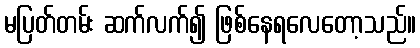
မပြတ်တမ်း ဆက်လက်၍ ဖြစ်နေရလေတော့သည်။